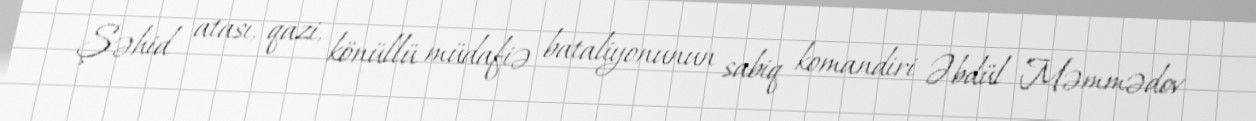
Şəhid atası, qazi, könüllü müdafiə bataliyonunun sabiq komandiri Əbdül Məmmədov